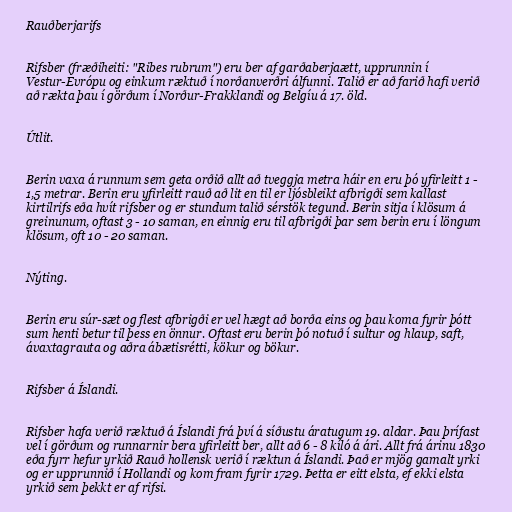
Rauðberjarifs

Rifsber (fræðiheiti: "Ribes rubrum") eru ber af garðaberjaætt, upprunnin í
Vestur-Evrópu og einkum ræktuð í norðanverðri álfunni. Talið er að farið hafi verið
að rækta þau í görðum í Norður-Frakklandi og Belgíu á 17. öld.

Útlit.

Berin vaxa á runnum sem geta orðið allt að tveggja metra háir en eru þó yfirleitt 1 -
1,5 metrar. Berin eru yfirleitt rauð að lit en til er ljósbleikt afbrigði sem kallast
kirtilrifs eða hvít rifsber og er stundum talið sérstök tegund. Berin sitja í klösum á
greinunum, oftast 3 - 10 saman, en einnig eru til afbrigði þar sem berin eru í löngum
klösum, oft 10 - 20 saman.

Nýting.

Berin eru súr-sæt og flest afbrigði er vel hægt að borða eins og þau koma fyrir þótt
sum henti betur til þess en önnur. Oftast eru berin þó notuð í sultur og hlaup, saft,
ávaxtagrauta og aðra ábætisrétti, kökur og bökur.

Rifsber á Íslandi.

Rifsber hafa verið ræktuð á Íslandi frá því á síðustu áratugum 19. aldar. Þau þrífast
vel í görðum og runnarnir bera yfirleitt ber, allt að 6 - 8 kíló á ári. Allt frá árinu 1830
eða fyrr hefur yrkið Rauð hollensk verið í ræktun á Íslandi. Það er mjög gamalt yrki
og er upprunnið í Hollandi og kom fram fyrir 1729. Þetta er eitt elsta, ef ekki elsta
yrkið sem þekkt er af rifsi.